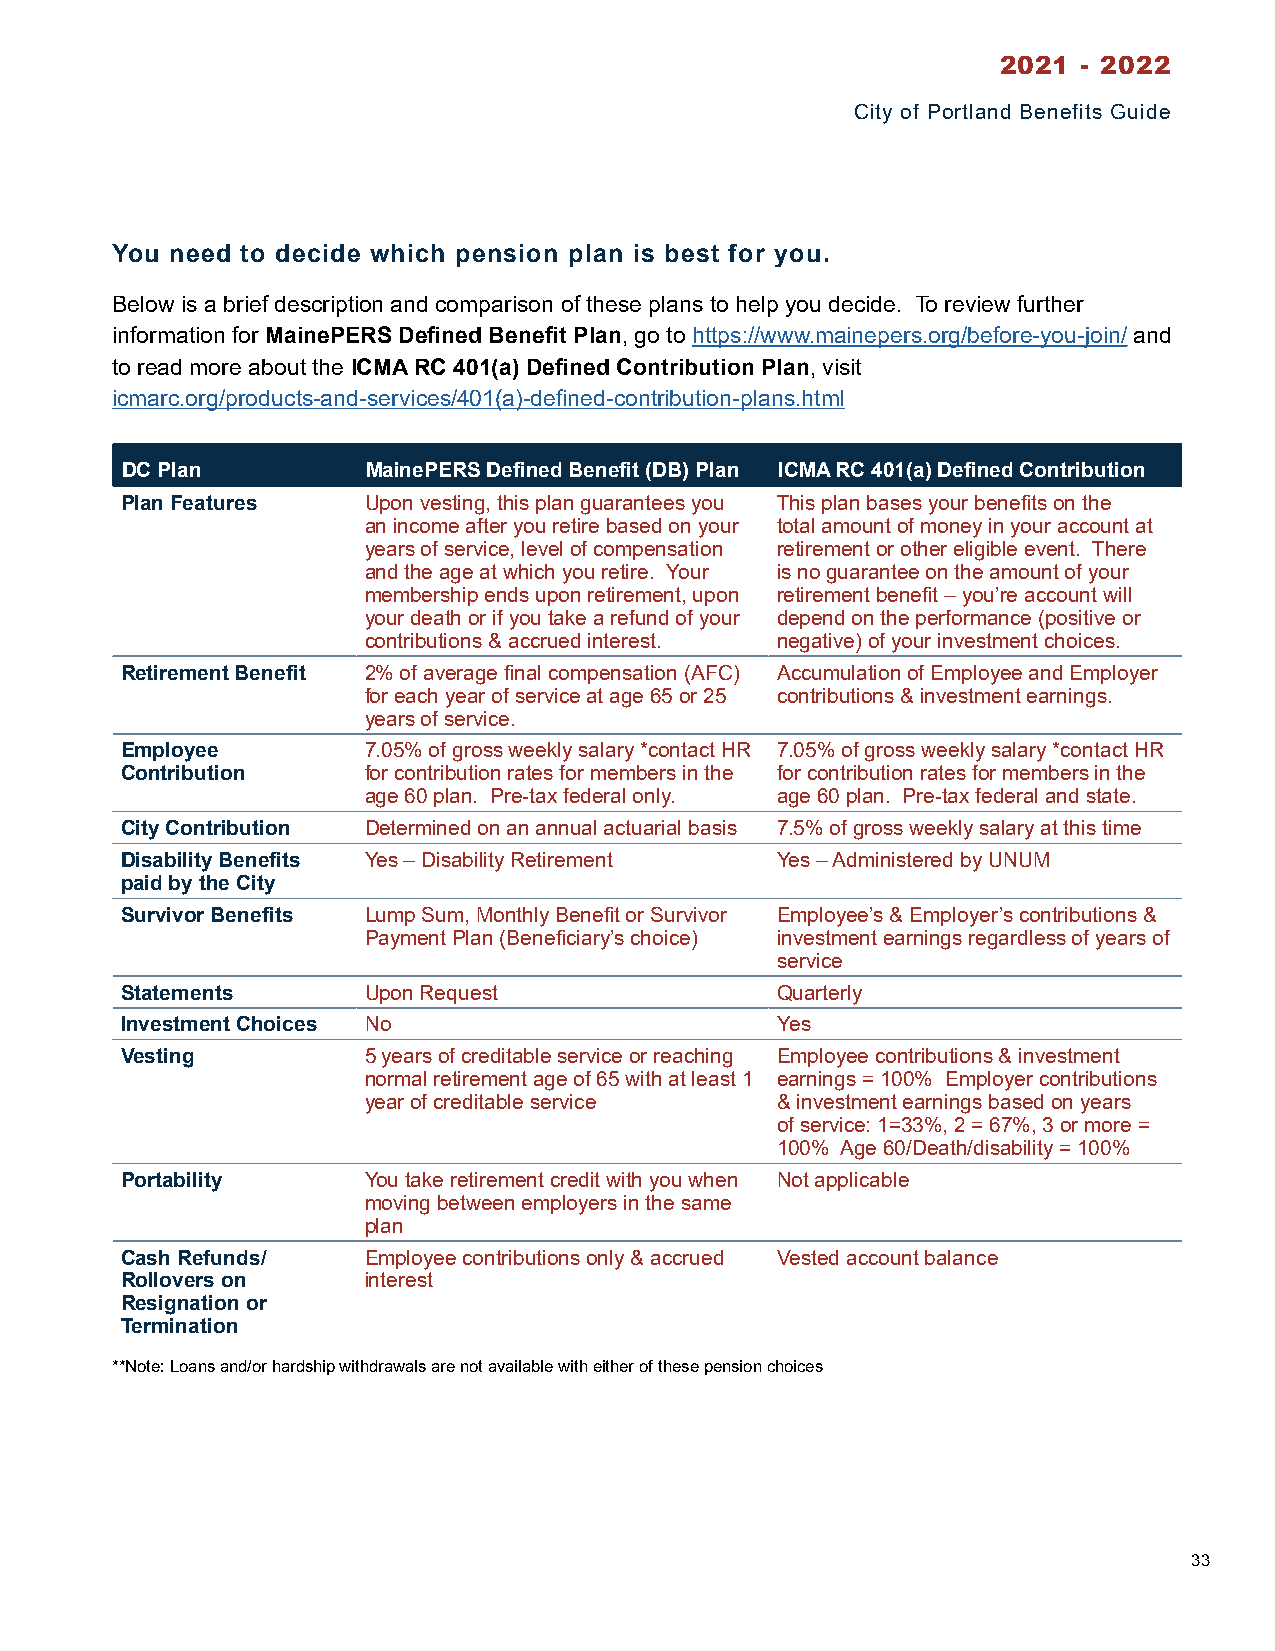
2021  - 2022
 City of Portland Benefits Guide
 You need to decide which pension plan is best for you.
 Below is a brief description and comparison of these plans to help you decide. To review further
 information for MainePERS Defined Benefit Plan, go to https://www.mainepers.org/before-you-join/ and
 to read more about the ICMA RC 401(a) Defined Contribution Plan, visit
 icmarc.org/products-and-services/401(a)-defined-contribution-plans.html
 DC Plan         MainePERS Defined Benefit (DB) Plan ICMA RC 401(a) Defined Contribution
 Plan Features   Upon vesting, this plan guarantees you This plan bases your benefits on the
 an income after you retire based on your total amount of money in your account at
 years of service, level of compensation retirement or other eligible event. There
 and the age at which you retire. Your is no guarantee on the amount of your
 membership ends upon retirement, upon retirement benefit – you’re account will
 your death or if you take a refund of your depend on the performance (positive or
 contributions & accrued interest. negative) of your investment choices.
 Retirement Benefit 2% of average final compensation (AFC) Accumulation of Employee and Employer
 for each year of service at age 65 or 25 contributions & investment earnings.
 years of service.
 Employee        7.05% of gross weekly salary *contact HR 7.05% of gross weekly salary *contact HR
 Contribution    for contribution rates for members in the for contribution rates for members in the
 age 60 plan. Pre-tax federal only. age 60 plan. Pre-tax federal and state.
 City Contribution Determined on an annual actuarial basis 7.5% of gross weekly salary at this time
 Disability Benefits Yes – Disability Retirement Yes – Administered by UNUM
 paid by the City
 Survivor Benefits Lump Sum, Monthly Benefit or Survivor Employee’s & Employer’s contributions &
 Payment Plan (Beneficiary’s choice) investment earnings regardless of years of
 service
 Statements      Upon Request               Quarterly
 Investment Choices No                      Yes
 Vesting         5 years of creditable service or reaching Employee contributions & investment
 normal retirement age of 65 with at least 1 earnings = 100% Employer contributions
 year of creditable service & investment earnings based on years
 of service: 1=33%, 2 = 67%, 3 or more =
 100% Age 60/Death/disability = 100%
 Portability     You take retirement credit with you when Not applicable
 moving between employers in the same
 plan
 Cash Refunds/   Employee contributions only & accrued Vested account balance
 Rollovers on    interest
 Resignation or
 Termination
 **Note: Loans and/or hardship withdrawals are not available with either of these pension choices
 33